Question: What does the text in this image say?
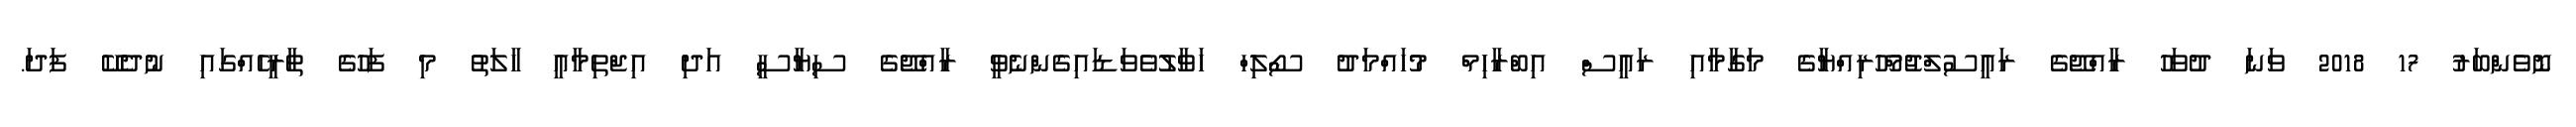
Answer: ނޮވެންބަރު 17 2018 ވަނަ ދުވަހު ރާއްޖޭގެ ރައީސުލްޖުމްހޫރިއްޔާގެ މަގާމާއި ރައީސް އިބްރާހިމް މުހައްމަދު ސޯލިހް ހަވާލުވެވަޑައިގެންނެވީ ރާއްޖޭގެ ސިޔާސީ އަދި އިޖްތިމާއީ ހާލަތު މި ފަހުގެ ތާރީހެއްގައި ނުދެކޭ ފަދަ.